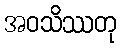
အဝသိဿတု